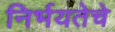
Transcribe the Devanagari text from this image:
निर्भयतेचे